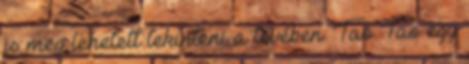
is meg lehetett tekinteni a tévében. Tao Tao egy